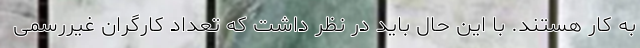
به کار هستند. با این حال باید در نظر داشت که تعداد کارگران غیررسمی